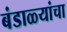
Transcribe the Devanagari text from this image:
बंडाळ्यांचा